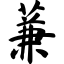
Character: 蒹